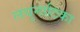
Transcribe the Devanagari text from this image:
लघुनाटिका